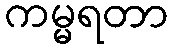
ကမ္မရတာ